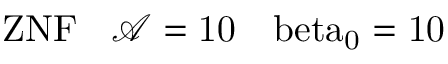
\mathrm { { Z N F } \: \: \: \: \mathcal { A } = 1 0 \: \: \: \ b e t a _ { 0 } = 1 0 }